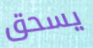
يسحق